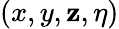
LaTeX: (x,y,\mathbf{z},\eta)